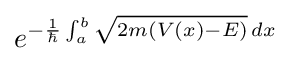
e^{-{\frac {1}{\hbar }}\int _{a}^{b}{\sqrt {2m(V(x)-E)}}\,dx}